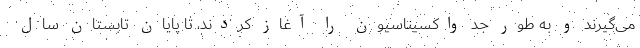
می‌گیرند و به طور جد واکسیناسیون را آغاز کردند، تا پایان تابستان سال